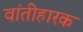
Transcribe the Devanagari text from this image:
वांतीहारक